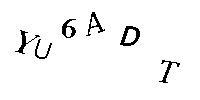
YU6ADT